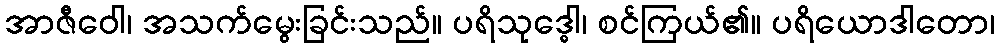
အာဇီဝေါ၊ အသက်မွေးခြင်းသည်။ ပရိသုဒ္ဓေါ၊ စင်ကြယ်၏။ ပရိယောဒါတော၊